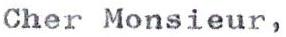
Cher Monsieur,